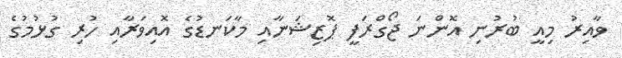
ވާއިރު މިއީ ބުރުނި އޮންނަ ޖޯގްރަފީ ޕޮޒިޝަނާއި މާކަނޑުގެ އޮއިވަރާއި ހުރި ގުޅުމުގެ